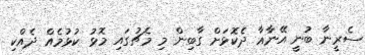
ސެރީނާ ބުނީ އޭނާއާ ދެކޮޅަށް ގާބިން މި މެޗުގައި މޮޅު ކުޅުމެއް ދެއްކި